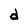
Character: d